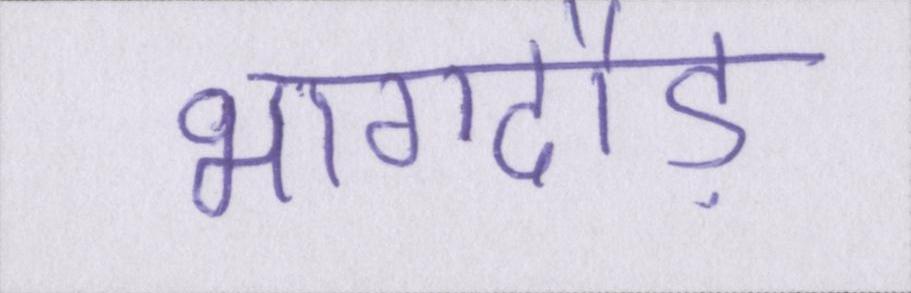
भागदौड़